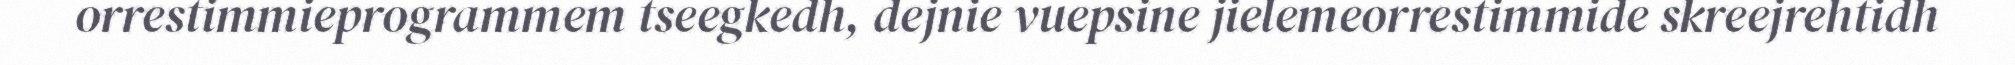
orrestimmieprogrammem tseegkedh, dejnie vuepsine jielemeorrestimmide skreejrehtidh